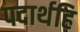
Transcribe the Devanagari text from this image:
पदार्थहि